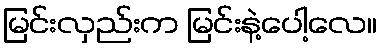
မြင်းလှည်းက မြင်းနဲ့ပေါ့လေ။